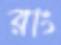
রাং